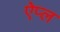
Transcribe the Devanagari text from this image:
ऐप्ल